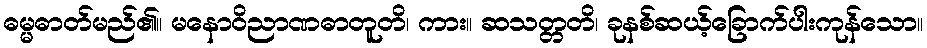
ဓမ္မဓာတ်မည်၏။ မနောဝိညာဏဓာတူတိ၊ ကား။ ဆသတ္တတိ၊ ခုနစ်ဆယ့်ခြောက်ပါးကုန်သော။